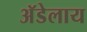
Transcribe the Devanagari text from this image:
अॅडेलाय